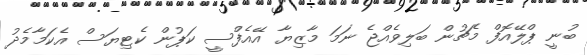
ބުނީ ޕްލޭއޮފް މެޗުން ބަލިވެއްޖެ ނަަމަ މާޒިޔާ އޭއެފްސީ ކަޕުން ކެޓިޔަސް އެކަމާމެދު